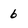
Character: 6